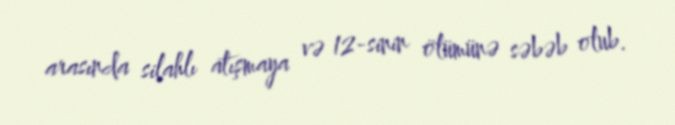
arasında silahlı atışmaya və 12-sinin ölümünə səbəb olub.